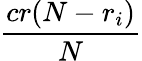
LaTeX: \frac{cr(N-r_{i})}{N}